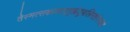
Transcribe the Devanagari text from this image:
तेस्मत्सकाशाद्गृह्णंतुबलिमष्टांगमक्षयं